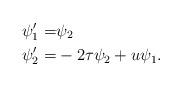
LaTeX: \begin{align*} \psi_1' = &\psi_2 \\\psi_2' = &-2\tau \psi_2 + u \psi_1. \end{align*}